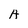
Character: A